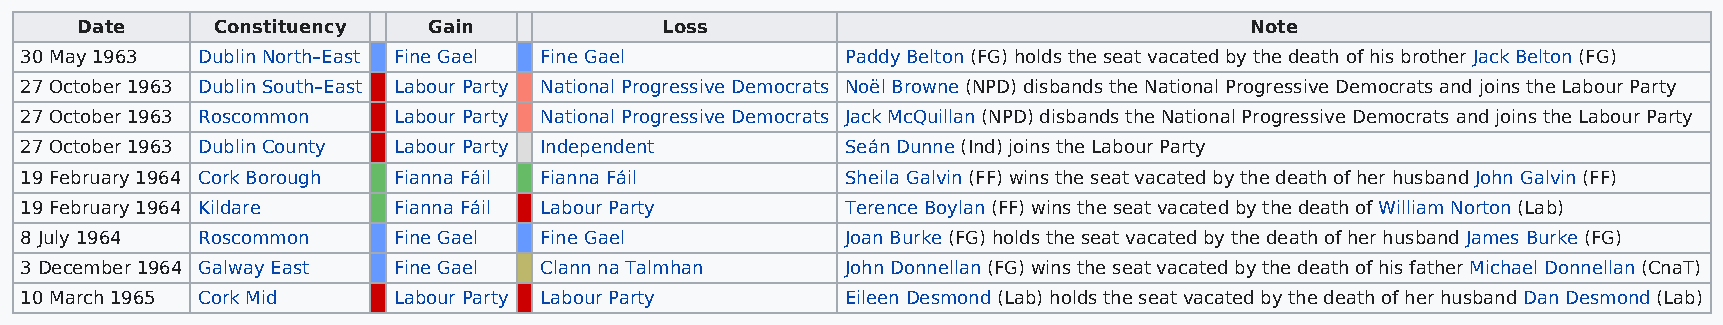
Date     Constituency  Gain            Loss                                   Note
 30 May 1963 Dublin North–East Fine Gael Fine Gael      Paddy Belton (FG) holds the seat vacated by the death of his brother Jack Belton (FG)
 27 October 1963 Dublin South–East Labour Party National Progressive Democrats Noël Browne (NPD) disbands the National Progressive Democrats and joins the Labour Party
 27 October 1963 Roscommon Labour Party National Progressive Democrats Jack McQuillan (NPD) disbands the National Progressive Democrats and joins the Labour Party
 27 October 1963 Dublin County Labour Party Independent Seán Dunne (Ind) joins the Labour Party
 19 February 1964 Cork Borough Fianna Fáil Fianna Fáil  Sheila Galvin (FF) wins the seat vacated by the death of her husband John Galvin (FF)
 19 February 1964 Kildare Fianna Fáil Labour Party      Terence Boylan (FF) wins the seat vacated by the death of William Norton (Lab)
 8 July 1964 Roscommon    Fine Gael Fine Gael           Joan Burke (FG) holds the seat vacated by the death of her husband James Burke (FG)
 3 December 1964 Galway East Fine Gael Clann na Talmhan John Donnellan (FG) wins the seat vacated by the death of his father Michael Donnellan (CnaT)
 10 March 1965 Cork Mid   Labour Party Labour Party     Eileen Desmond (Lab) holds the seat vacated by the death of her husband Dan Desmond (Lab)